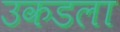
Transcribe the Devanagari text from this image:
उकडला